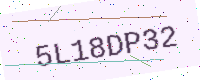
Text: 5L18DP32